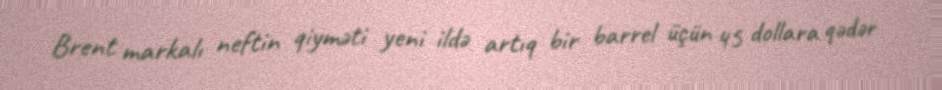
Brent markalı neftin qiyməti yeni ildə artıq bir barrel üçün 45 dollara qədər